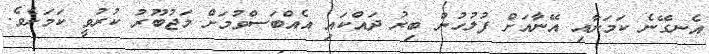
އެނގޭނެ ކަމަށާއި އޭނާއަށް ފުލުހުން ބިރު ދައްކައި އެއްބަސްވުމަށް މަޖުބޫރު ކުރުވީ ކަމަށެވެ.